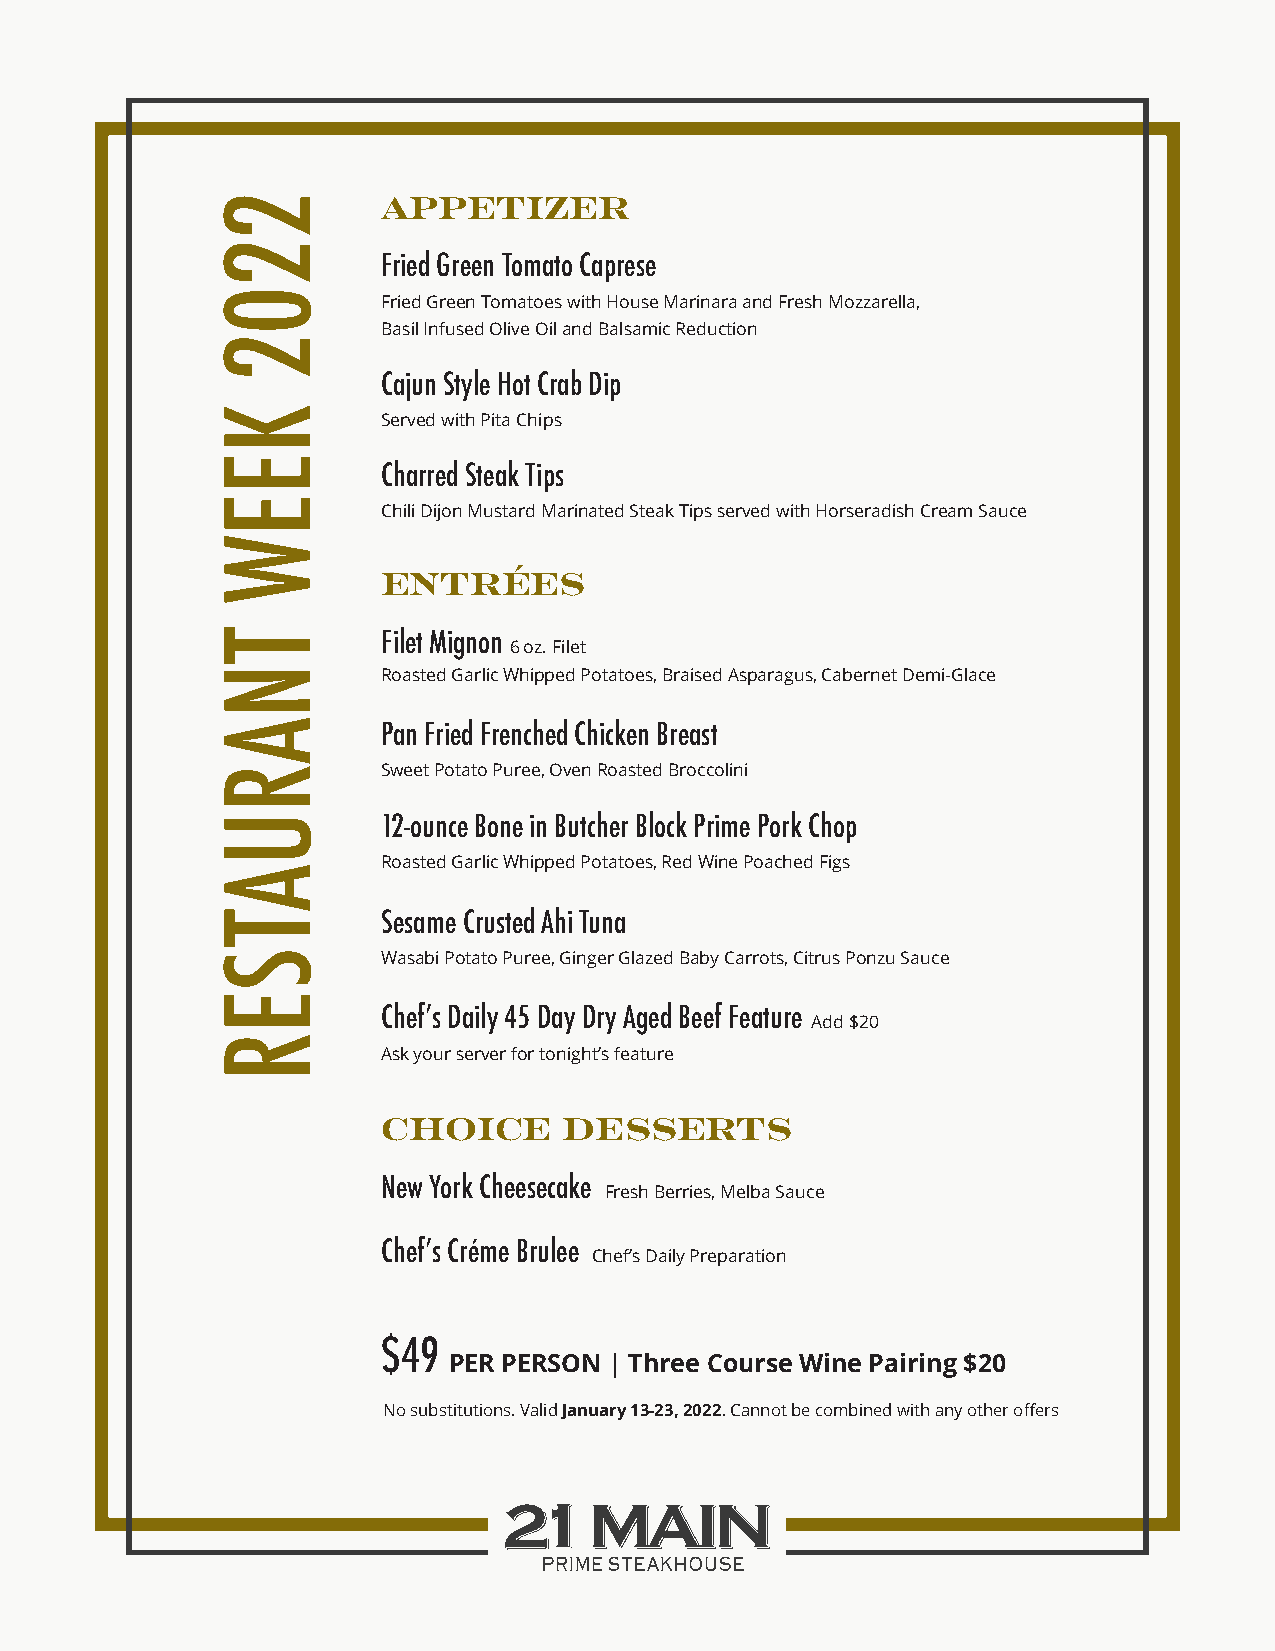
APPETIZER
 Fried Green Tomato Caprese
 Fried Green Tomatoes with House Marinara and Fresh Mozzarella,
 Basil Infused Olive Oil and Balsamic Reduction
 Cajun Style Hot Crab Dip
 Served with Pita Chips
 Charred Steak Tips
 Chili Dijon Mustard Marinated Steak Tips served with Horseradish Cream Sauce
 ENTRÉES
 Filet Mignon
 6 oz. Filet
 Roasted Garlic Whipped Potatoes, Braised Asparagus, Cabernet Demi-Glace
 Pan Fried Frenched Chicken Breast
 Sweet Potato Puree, Oven Roasted Broccolini
 12-ounce Bone in Butcher Block Prime Pork Chop
 Roasted Garlic Whipped Potatoes, Red Wine Poached Figs
 Sesame Crusted Ahi Tuna
 Wasabi Potato Puree, Ginger Glazed Baby Carrots, Citrus Ponzu Sauce
 Chef’s Daily 45 Day Dry Aged Beef Feature
 Add $20
 Ask your server for tonight’s feature
 CHOICE      DESSERTS
 New York Cheesecake
 Fresh Berries, Melba Sauce
 Chef’s Créme Brulee
 Chef’s Daily Preparation
 $49
 PER PERSON | Three Course Wine Pairing $20
 No substitutions. Valid January 13-23, 2022. Cannot be combined with any other offers
 2202
 KEEW
 TNARUATSER